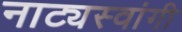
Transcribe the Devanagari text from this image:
नाट्यस्वांगी